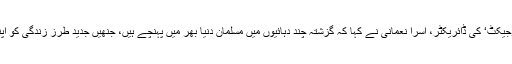
’پرل پروجیکٹ‘ کی ڈائریکٹر، اسرا نعمانی نے کہا کہ گزشتہ چند دہائیوں میں مسلمان دنیا بھر میں پہنچے ہیں، جنھیں جدید طرز زندگی کو اپنا لیا ہے۔